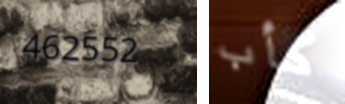
462552 كأب